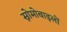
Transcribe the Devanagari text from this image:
स्नोमोबाइलों